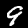
Label: 9